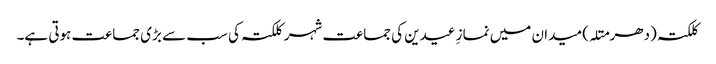
کلکتہ (دھرمتلہ) میدان میں نمازِ عیدین کی جماعت شہر کلکتہ کی سب سے بڑی جماعت ہوتی ہے۔